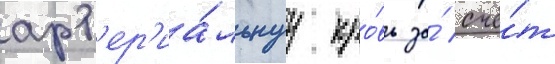
арт'ер'иа́льнуу кро́вь за́ счё́т